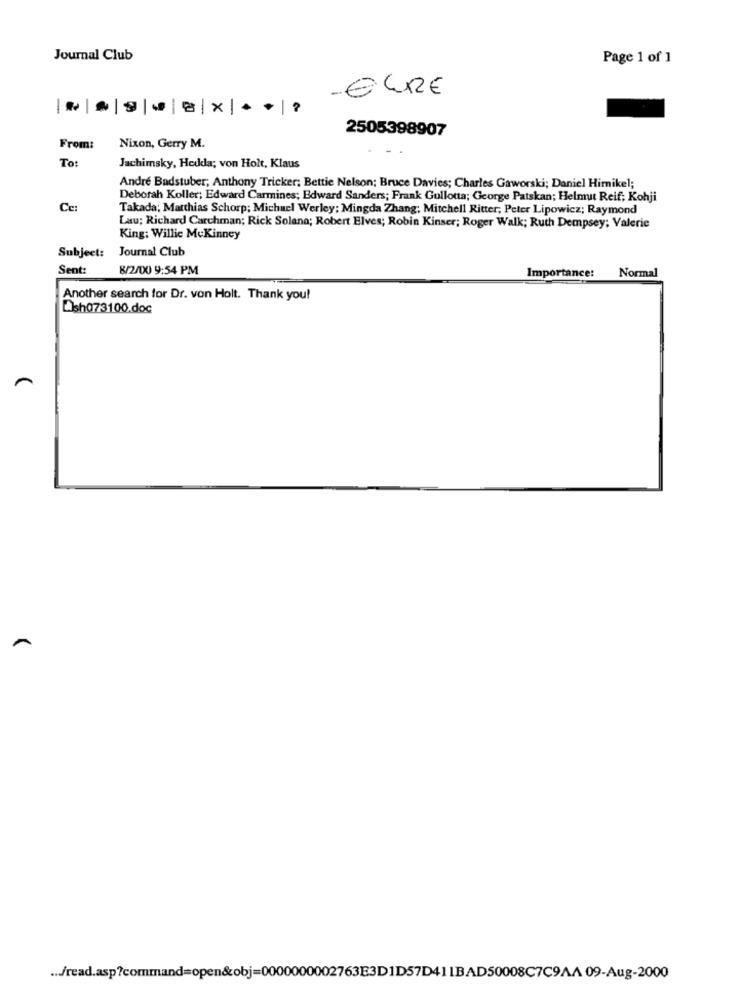
Journal Club
Page 1 of 1
EURE
-
2505398907
From:
Nixon, Gerry M.
To:
Jachimsky, Hedda; von Holt, Klaus
André Badstuber; Anthony Tricker; Bettie Nelson; Bruce Davies; Charles Gaworski; Daniel Himnikel;
Deborah Koller; Edward Carmines; Edward Sanders; Frank Gullotta; George Patskan; Helmut Reif; Kohji
Ce:
Takada; Matthias Schorp; Michael Werley: Mingda Zhang; Mitchell Ritter; Peter Lipowicz; Raymond
Lau; Richard Carchman; Rick Solana; Robert Elves; Robin Kinser; Roger Walk; Ruth Dempsey; Valerie
King: Willie McKinney
Subject: Journal Club
Sent:
8/2/00 9:54 PM
Normal
Importance:
Another search for Dr. von Holt. Thank you!
Dish 073100.doc
... /read.asp?command=open&obj=0000000002763E3D1D57D411BAD50008C7C9AA 09-Aug-2000